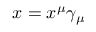
x = x ^ { \mu } \gamma _ { \mu }